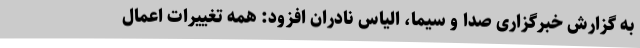
به گزارش خبرگزاری صدا و سیما، الیاس نادران افزود: همه تغییرات اعمال